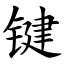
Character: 键